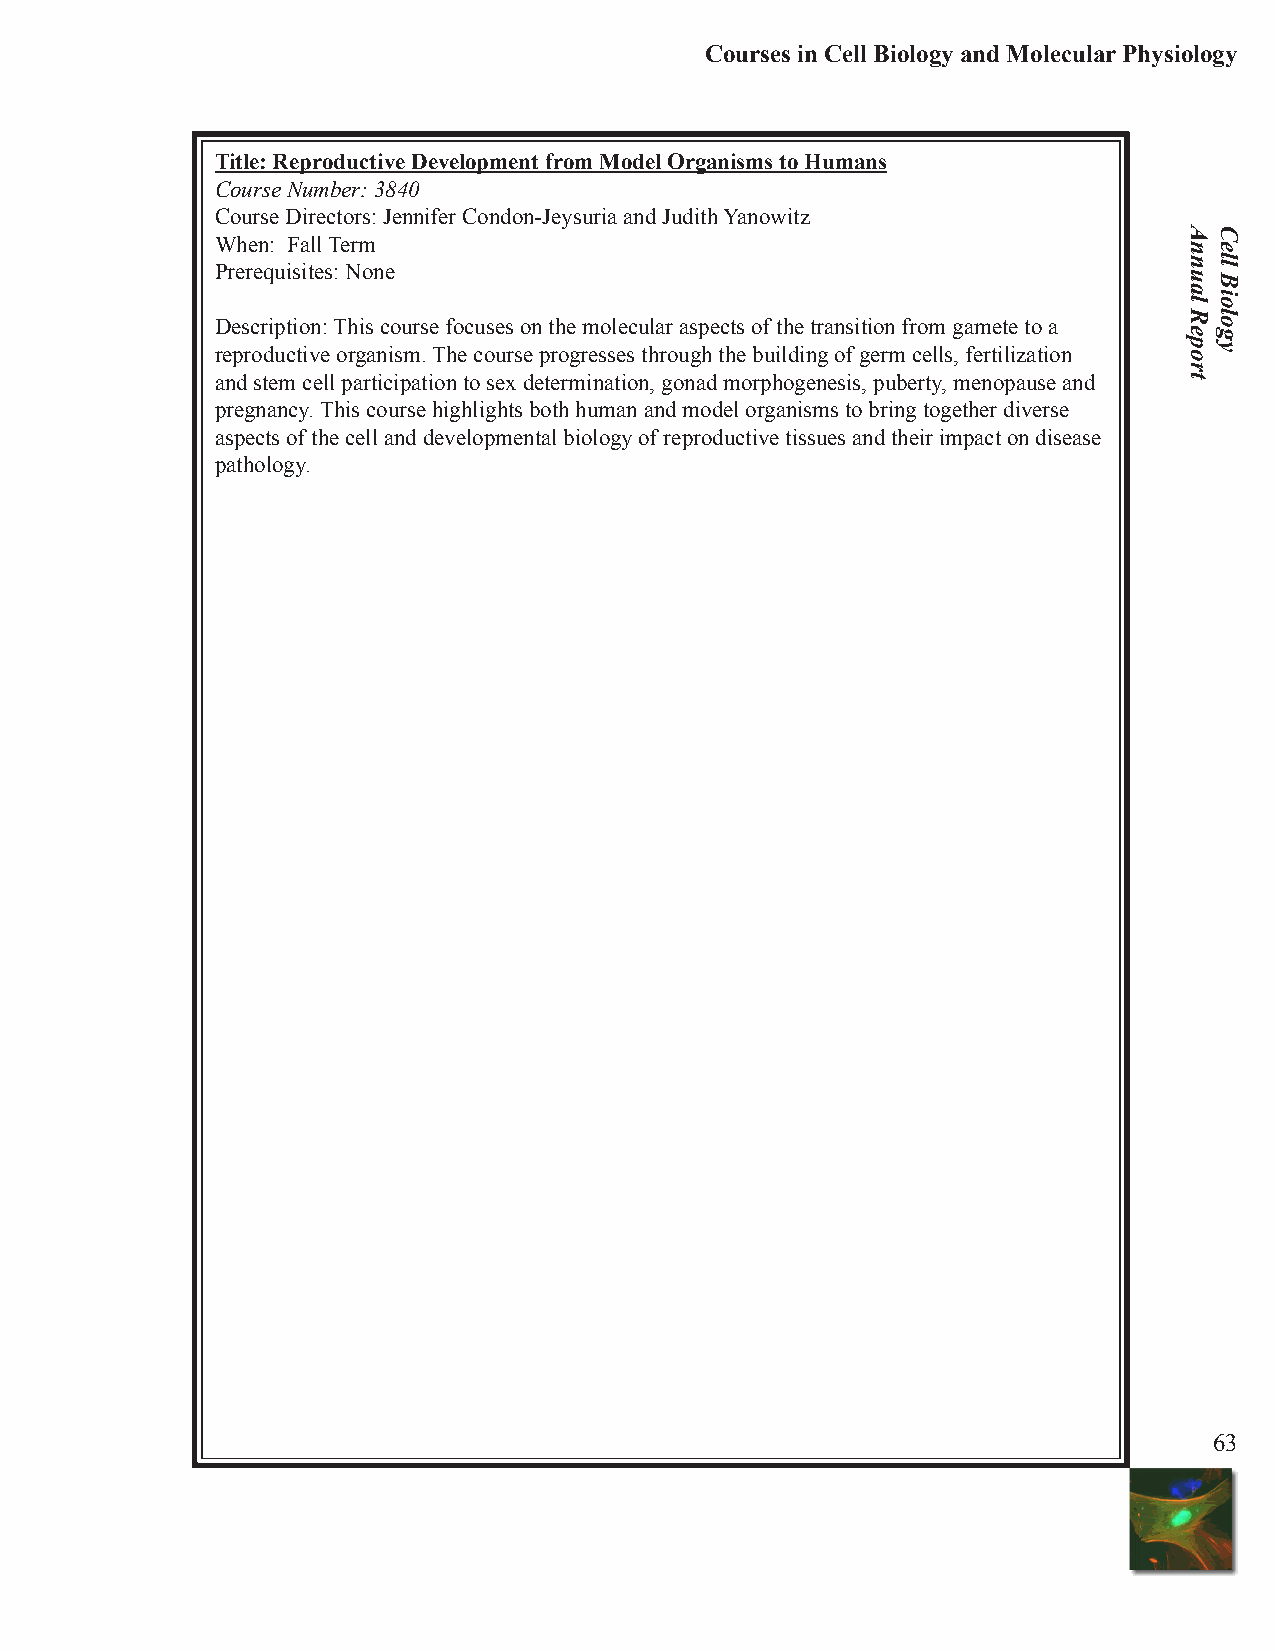
Courses in Cell Biology and Molecular Physiology
 Title: Reproductive Development from Model Organisms to Humans
 Course Number: 3840
 Course Directors: Jennifer Condon-Jeysuria and Judith Yanowitz
 When: Fall Term
 Prerequisites: None
 Description: This course focuses on the molecular aspects of the transition from gamete to a
 reproductive organism. The course progresses through the building of germ cells, fertilization
 and stem cell participation to sex determination, gonad morphogenesis, puberty, menopause and
 pregnancy. This course highlights both human and model organisms to bring together diverse
 aspects of the cell and developmental biology of reproductive tissues and their impact on disease
 pathology.
 63
 Annual
 Report
 Cell
 Biology